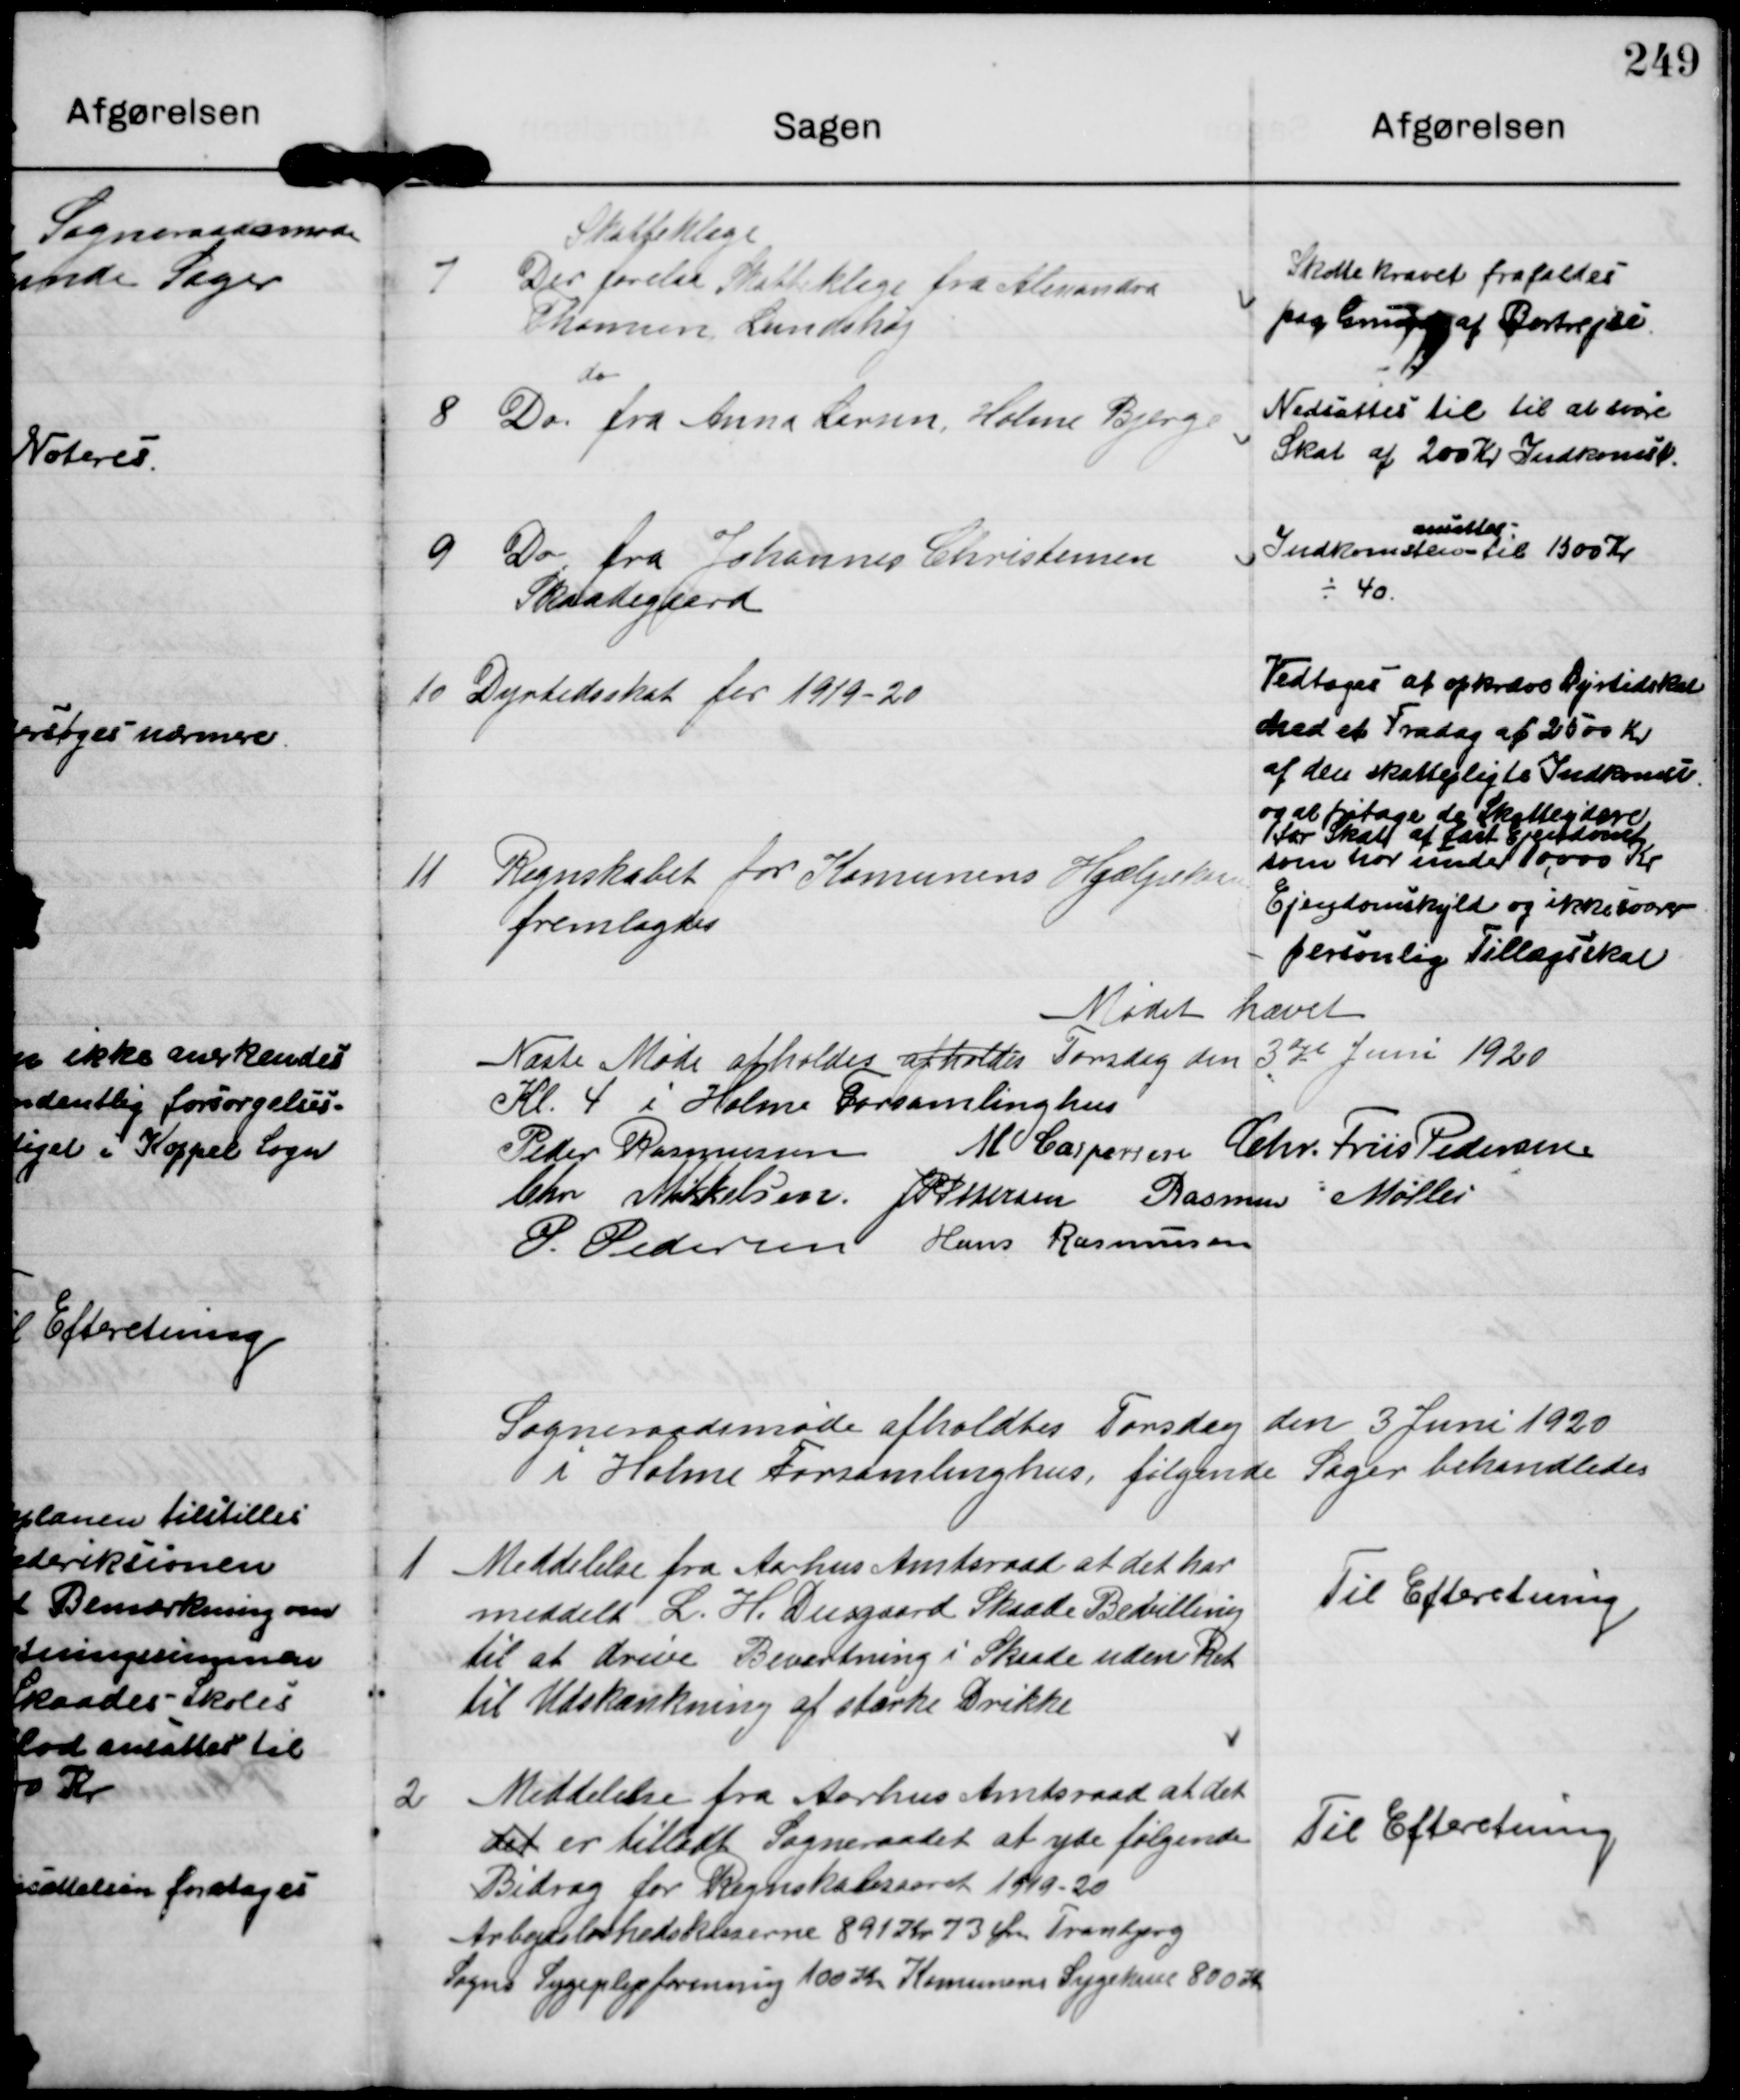
Transskription:
7

Skatteklage
Der forelaa Skatteklage fra Alimanden
Thomsen Lundshøj

Skattekravet frafaldes
paa grund  af Bortrejse.

8

do
Do fra Anna Larsen Holme Bjerge

Nedsattes til til at svare
Skat af 200 Kr Indkomst.

9

Do fra Johannes Christensen
Skaadegaard

Indkomsten
ansattes
til 1500 Kr
÷ 40.

10

Dyrtidsskat for 1919-20

Vedtoges at opkræve Dyrtidskat
med et Fradag af 2500 Kr
af den skattepligte Indkomst
og at fritage de Skatteydere
for Skat af fast Ejensdom
som har under 10,000 Kr
Ejendomskyld og ikke svarer
personlig Tillægsskat

11

Regnskabet for Komunens Hjælpekas
fremlagdes

Mødet hævet

Næste Møde afholdes afkoldes Torsdag den 3die Juni 1920
Kl. 4 i Holme Forsamlinghus

Peder Rasmussen M Caspersen Chr. Friis Pedersen
Chr Mikkelsen J P Pedersen Rasmus Møller
P. Pedersen Hans Rasmussen

Sogneraadsmøde afholdtes Torsdag den 3 Juni 1920
i Holme Forsamlinghus, følgende Sager behandledes

1

Meddelelse fra Aarhus Amtsraad at det har
meddelt L. H. Dusgaard Skaade Bevilling
til at drive Beværtning i Skaade uden Ret
til Udskænkning af stærke Drikke

Til Efteretning

2

Meddelelse fra Aarhus Amtsraad at det
Det er tilladt Sogneraadet at yde følgende
Bidrag for Regnskabsaaret 1919-20
Arbejdsløshedskaserne 891 Kr 73 Øre Tranbjerg
Sogns Sygeplejeforening 100 Kr Komunens Sygekasse 800 Kr

Til Efteretning